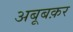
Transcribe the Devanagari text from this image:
अबूबक़र